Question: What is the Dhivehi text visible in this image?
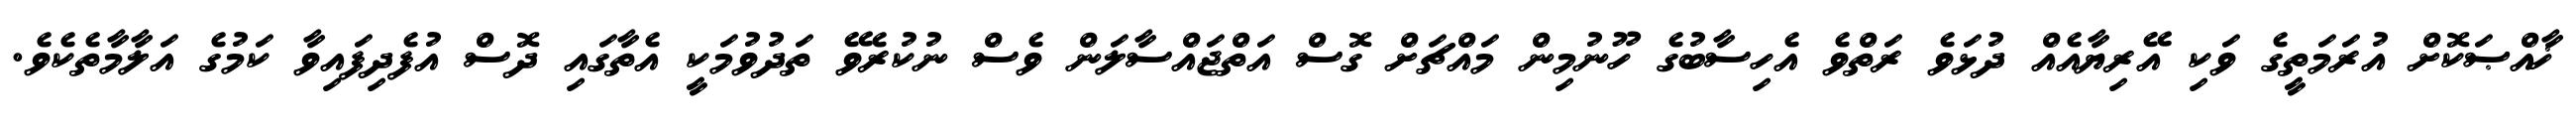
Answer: ޚާއްޞަކޮށް އުރަމަތީގެ ވަކި އޭރިޔާއެއް ދުޅަވެ ރަތްވެ އެހިސާބުގެ ހޫނުމިން މައްޗަށް ގޮސް އަތްޖައްސާލަން ވެސް ނުކުރެވޭ ތަދުވުމަކީ އެތާގައި ދޮސް އުފެދިފައިވާ ކަމުގެ އަލާމާތެކެވެ.